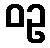
ဝဥ